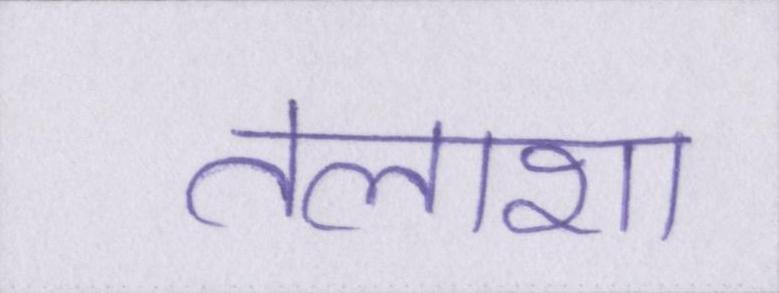
तलाशा